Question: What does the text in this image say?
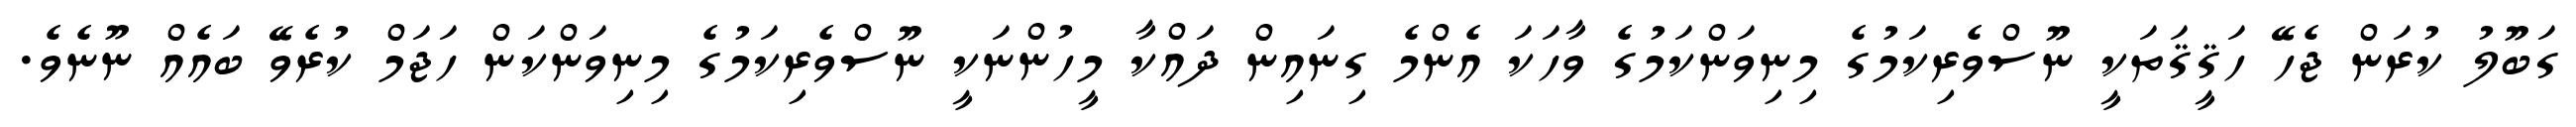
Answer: ގަބޫލު ކުރަން ޖެހޭ ހަޤީޤަތަކީ ނޫސްވެރިކަމުގެ މިނިވަންކަމުގެ ވާހަކަ އެންމެ ގިނައިން ދައްކާ މީހުންނަކީ ނޫސްވެރިކަމުގެ މިނިވަންކަން ހަޖަމް ކުރެވޭ ބައެއް ނޫނެވެ.